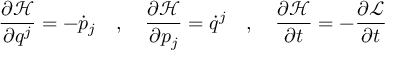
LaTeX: { \frac { \partial { \mathcal { H } } } { \partial q ^ { j } } } = - { \dot { p } } _ { j } \quad , \quad { \frac { \partial { \mathcal { H } } } { \partial p _ { j } } } = { \dot { q } } ^ { j } \quad , \quad { \frac { \partial { \mathcal { H } } } { \partial t } } = - { \frac { \partial { \mathcal { L } } } { \partial t } }